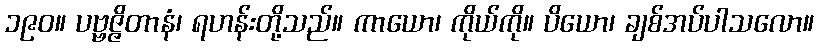
၁၉၀။ ပဗ္ဗဇ္ဇိတာနံ၊ ရဟန်းတို့သည်။ ကာယော၊ ကိုယ်ကို။ ပိယော၊ ချစ်အပ်ပါသလော။